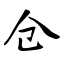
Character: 仓